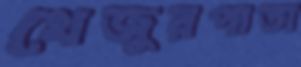
খেজুরপাতা